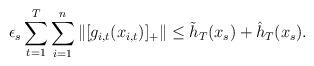
LaTeX: \begin{align*}\epsilon_s\sum_{t=1}^T\sum_{i=1}^n\|[g_{i,t}(x_{i,t})]_+\|\le \tilde{h}_T(x_s)+\hat{h}_T(x_s).\end{align*}